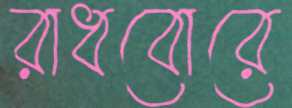
রাধবোরে